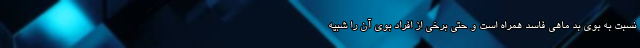
نسبت به بوی بد ماهی فاسد همراه است و حتی برخی از افراد بوی آن را شبیه